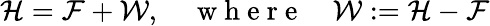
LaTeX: \mathcal{H}=\mathcal{F}+\mathcal{W},\quad\mathrm{~w~h~e~r~e~}\quad\mathcal{W}:=\mathcal{H}-\mathcal{F}